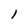
Character: l